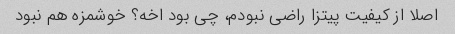
اصلا از کیفیت پیتزا راضی نبودم، چی بود اخه؟ خوشمزه هم نبود